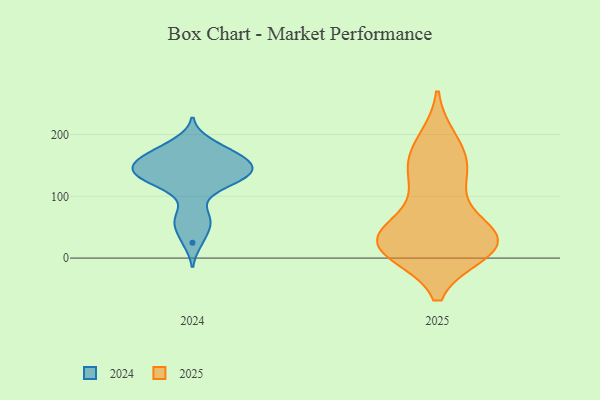
{"axis": {"x": "Production Output", "y": "Value"}, "legend": ["2024", "2025"], "data": [{"x": "", "y": 40, "type": "2025"}, {"x": "", "y": 20, "type": "2025"}, {"x": "", "y": 11, "type": "2025"}, {"x": "", "y": 181, "type": "2025"}, {"x": "", "y": 144, "type": "2025"}, {"x": "", "y": 24, "type": "2025"}, {"x": "", "y": 151, "type": "2025"}, {"x": "", "y": 11, "type": "2025"}, {"x": "", "y": 19, "type": "2025"}, {"x": "", "y": 40, "type": "2025"}, {"x": "", "y": 39, "type": "2025"}, {"x": "", "y": 103, "type": "2025"}, {"x": "", "y": 132, "type": "2025"}, {"x": "", "y": 190, "type": "2025"}, {"x": "", "y": 34, "type": "2025"}, {"x": "", "y": 23, "type": "2025"}, {"x": "", "y": 166, "type": "2024"}, {"x": "", "y": 156, "type": "2024"}, {"x": "", "y": 188, "type": "2024"}, {"x": "", "y": 129, "type": "2024"}, {"x": "", "y": 154, "type": "2024"}, {"x": "", "y": 156, "type": "2024"}, {"x": "", "y": 128, "type": "2024"}, {"x": "", "y": 178, "type": "2024"}, {"x": "", "y": 49, "type": "2024"}, {"x": "", "y": 141, "type": "2024"}, {"x": "", "y": 60, "type": "2024"}, {"x": "", "y": 72, "type": "2024"}, {"x": "", "y": 147, "type": "2024"}, {"x": "", "y": 168, "type": "2024"}, {"x": "", "y": 107, "type": "2024"}, {"x": "", "y": 124, "type": "2024"}, {"x": "", "y": 135, "type": "2024"}, {"x": "", "y": 135, "type": "2024"}, {"x": "", "y": 25, "type": "2024"}]}